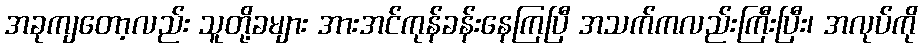
အခုကျတော့လည်း သူတို့ခများ အားအင်ကုန်ခန်းနေကြပြီ အသက်ကလည်းကြီးပြီး၊ အလုပ်ကို